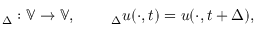
{ \bf \Phi } _ { \Delta } : \mathbb V \to \mathbb V , \qquad { \bf \Phi } _ { \Delta } u ( \cdot , t ) = u ( \cdot , t + \Delta ) ,